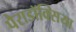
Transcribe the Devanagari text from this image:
पैराडॉक्सिया